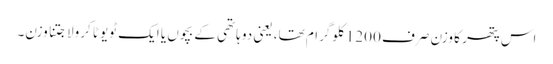
اس پتھر کا وزن صرف 1200 کلوگرام تھا، یعنی دو ہاتھی کے بچوں یا ایک ٹویوٹا کرولا جتنا وزن۔